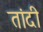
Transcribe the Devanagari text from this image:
तांदी